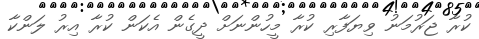
ކުރާ ޖަރުމަނު ވިޔަފާރި ކުރާ މީހުންނަށް ދީގެން އެކަން ކުރާ އިރު ލަންކާ